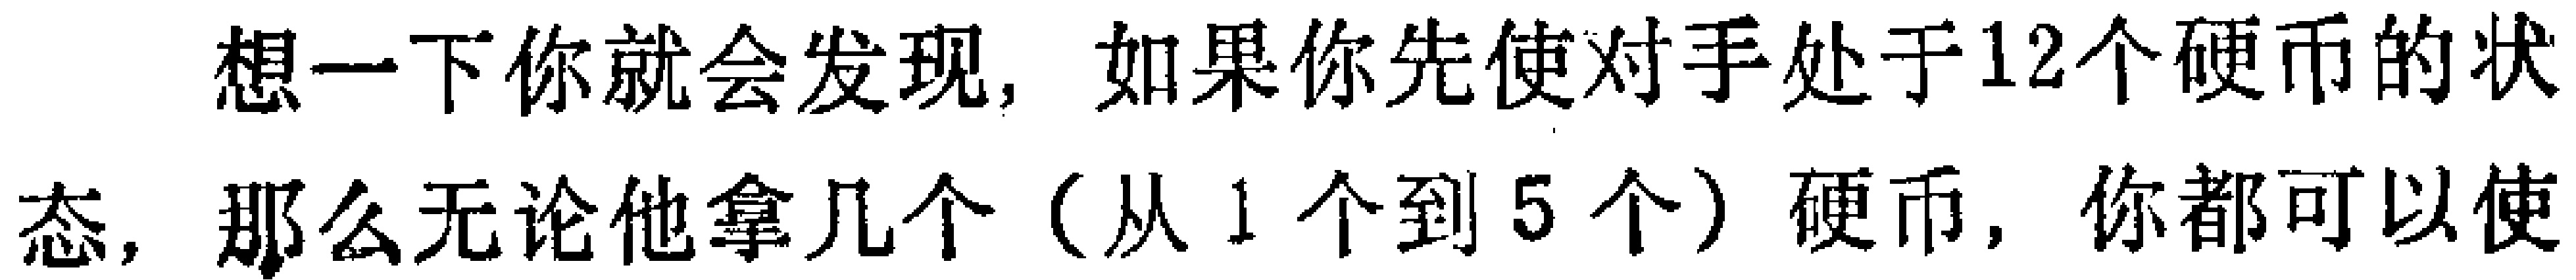
想一下你就会发现，如果你先使对手处于12个硬币的状态，那么无论他拿几个（从1个到5个）硬币，你都可以使